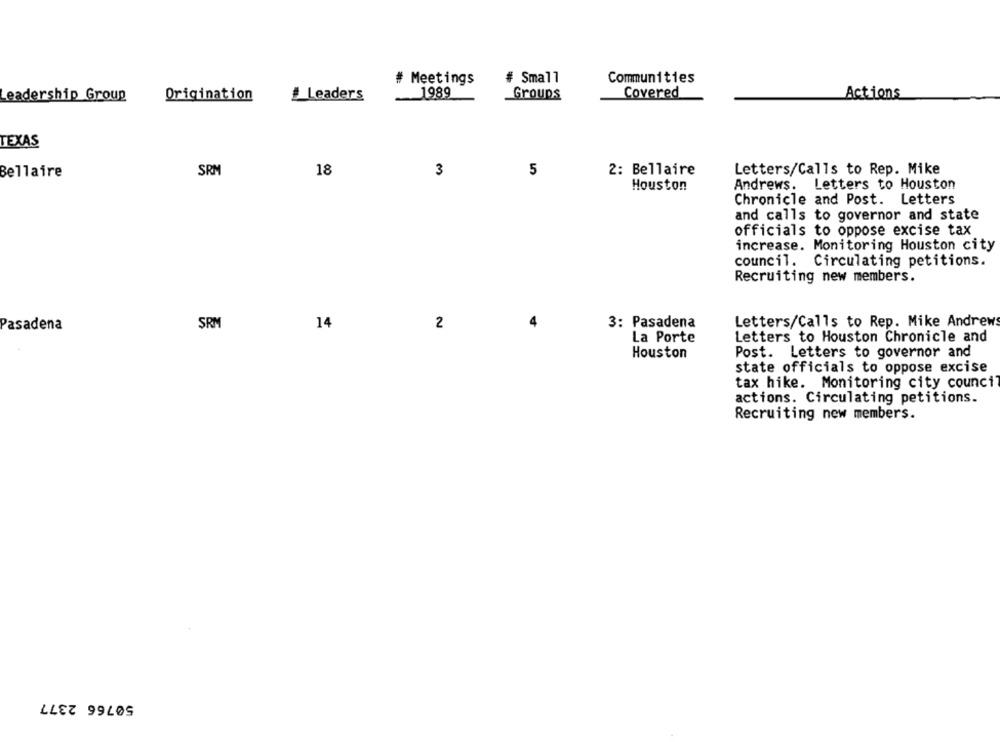
# Meetings
# Small
Communities
Leaders
1989
Groups
Covered
Actions
Leadership Group
Origination
TEXAS
18
3
Letters/Calls to Rep. Mike
Bellaire
SRM
5
2: Bellaire
Andrews. Letters to Houston
Houston
Chronicle and Post. Letters
and calls to governor and state
officials to oppose excise tax
increase. Monitoring Houston city
council. Circulating petitions.
Recruiting new members.
Pasadena
SRM
14
2
4
3: Pasadena
Letters/Calls to Rep. Mike Andrews
La Porte
Letters to Houston Chronicle and
Houston
Post. Letters to governor and
state officials to oppose excise
tax hike. Monitoring city council
actions. Circulating petitions.
Recruiting new members.
50766 2377